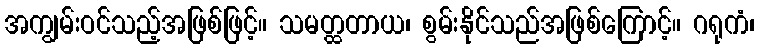
အကျွမ်းဝင်သည့်အဖြစ်ဖြင့်။ သမတ္ထတာယ၊ စွမ်းနိုင်သည်အဖြစ်ကြောင့်။ ဂရုကံ၊